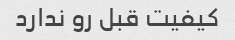
کیفیت قبل رو ندارد